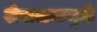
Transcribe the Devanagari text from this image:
शेवाळ्यामुळे